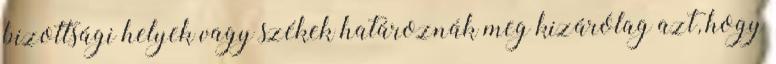
bizottsági helyek vagy székek határoznák meg kizárólag azt, hogy